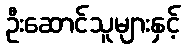
ဦးဆောင်သူများနှင့်